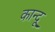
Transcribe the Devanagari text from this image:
कान्दू